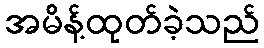
အမိန့်ထုတ်ခဲ့သည်